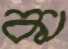
কা